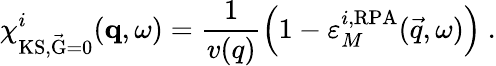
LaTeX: \chi_{\mathrm{KS,\vec{G}=0}}^{i}(\mathbf{q},\omega)=\frac{1}{v(q)}\left(1-\varepsilon_{M}^{i,\mathrm{RPA}}(\vec{q},\omega)\right)\ .